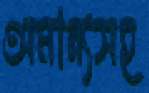
অমান্যসহ